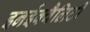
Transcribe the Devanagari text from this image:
इनईक्वैलिटी